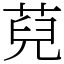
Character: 萖